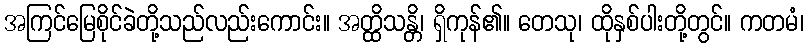
အကြင်မြေစိုင်ခဲတို့သည်လည်းကောင်း။ အတ္ထိသန္တိ၊ ရှိကုန်၏။ တေသု၊ ထိုနှစ်ပါးတို့တွင်။ ကတမံ၊